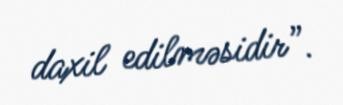
daxil edilməsidir”.